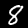
Digit: 8